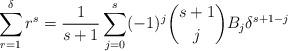
LaTeX: \begin{align*} \sum_{r=1}^{\delta} r^s = \frac{1}{s+1}\sum_{j=0}^s(-1)^j\binom{s+1}{j}B_j\delta^{s+1-j}\end{align*}